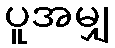
ပူအမျှ